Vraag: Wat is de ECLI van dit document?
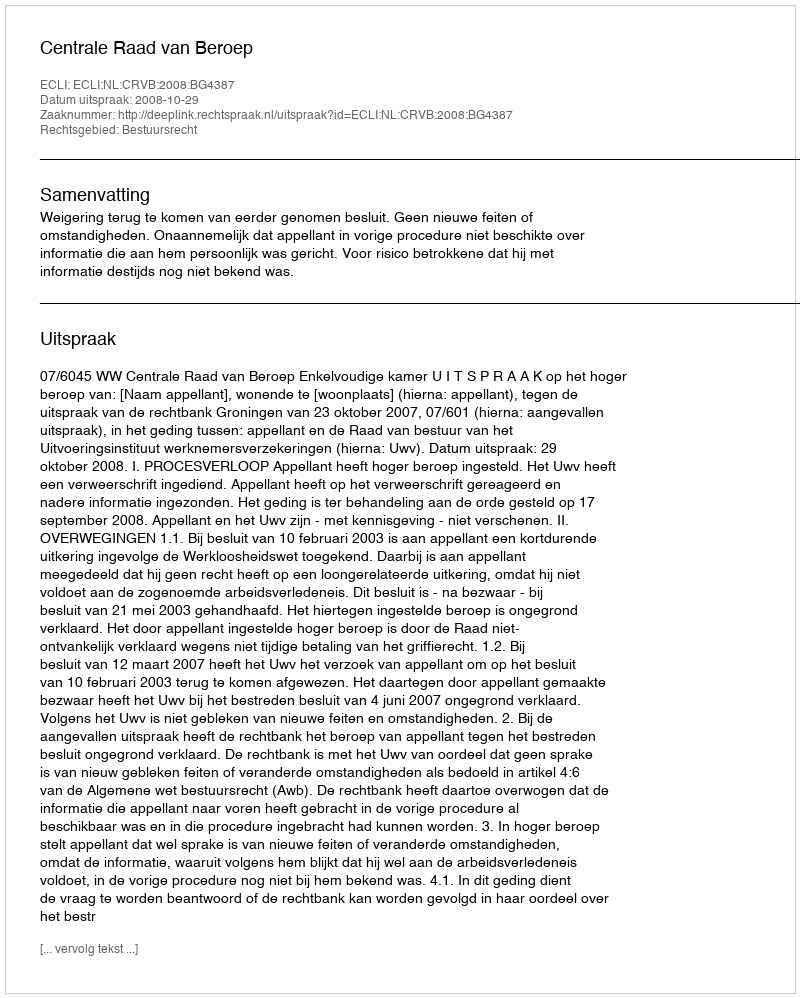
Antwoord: ECLI:NL:CRVB:2008:BG4387